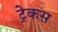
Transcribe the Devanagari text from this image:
ट्रेकस